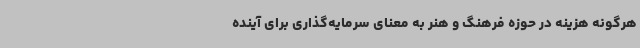
هرگونه هزینه در حوزه فرهنگ و هنر به معنای سرمایه‌گذاری برای آینده